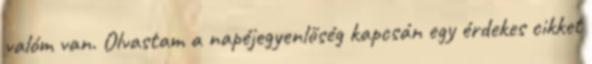
valóm van. Olvastam a napéjegyenlőség kapcsán egy érdekes cikket